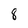
Character: 8